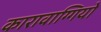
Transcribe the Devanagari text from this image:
कारावाग्गियो